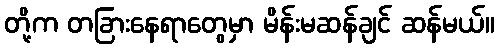
တို့က တခြားနေရာတွေမှာ မိန်းမဆန်ချင် ဆန်မယ်။